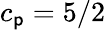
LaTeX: c_{\mathsf{p}}=5/2